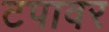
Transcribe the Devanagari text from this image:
टपावर